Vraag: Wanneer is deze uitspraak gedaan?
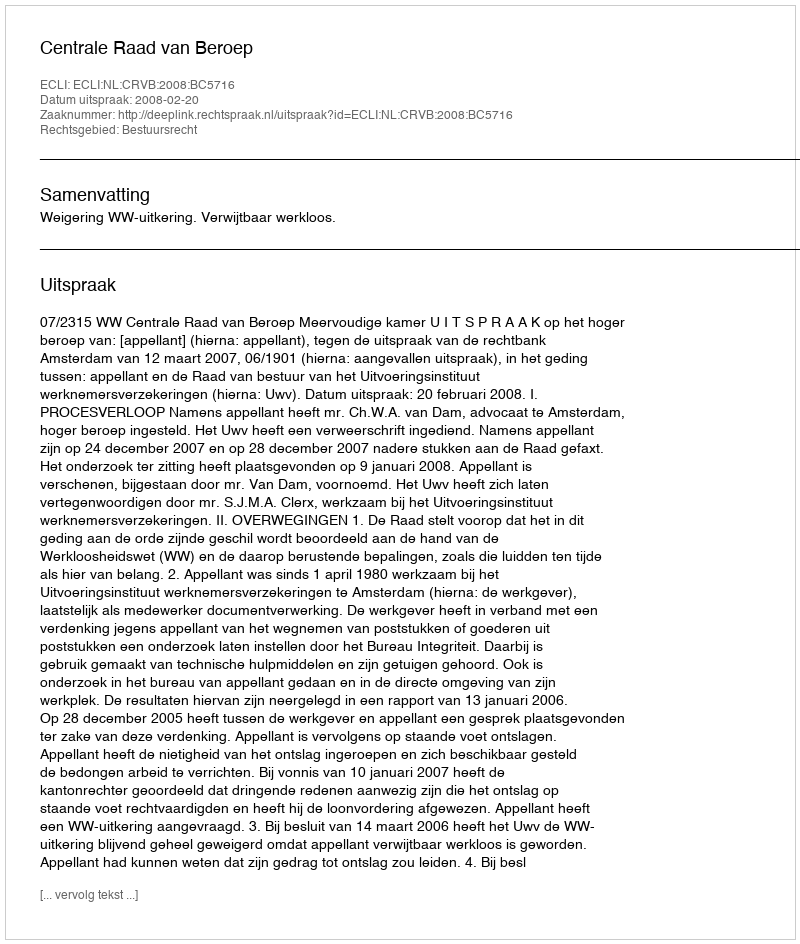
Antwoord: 2008-02-20